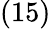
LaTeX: \left(15\right)